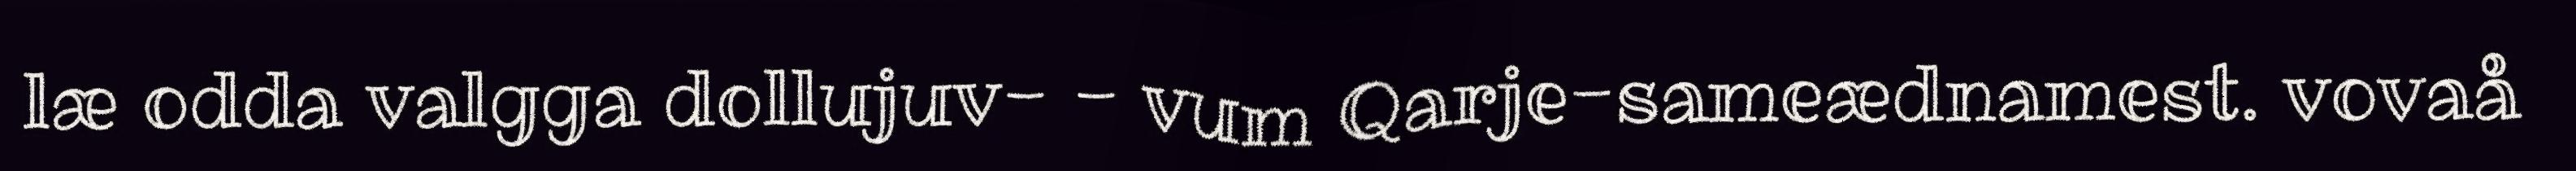
læ odda valgga dollujuv- - vum Qarje-sameædnamest. vovaå